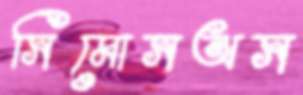
সিমোসঅস